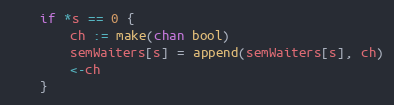
Language: Go
	if *s == 0 {
		ch := make(chan bool)
		semWaiters[s] = append(semWaiters[s], ch)
		<-ch
	}